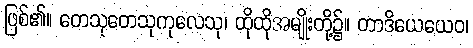
ဖြစ်၏။ တေသုတေသုကုလေသု၊ ထိုထိုအမျိုးတို့၌။ တာဒိယေယေဝ၊